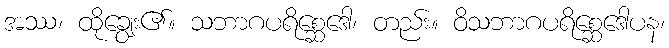
အဿ၊ ထိုချွေး၏။ သဘာဂပရိစ္ဆေဒေါ၊ တည်း။ ဝိသဘာဂပရိစ္ဆေဒေါပန၊